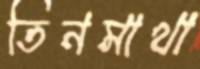
তিনমাথা